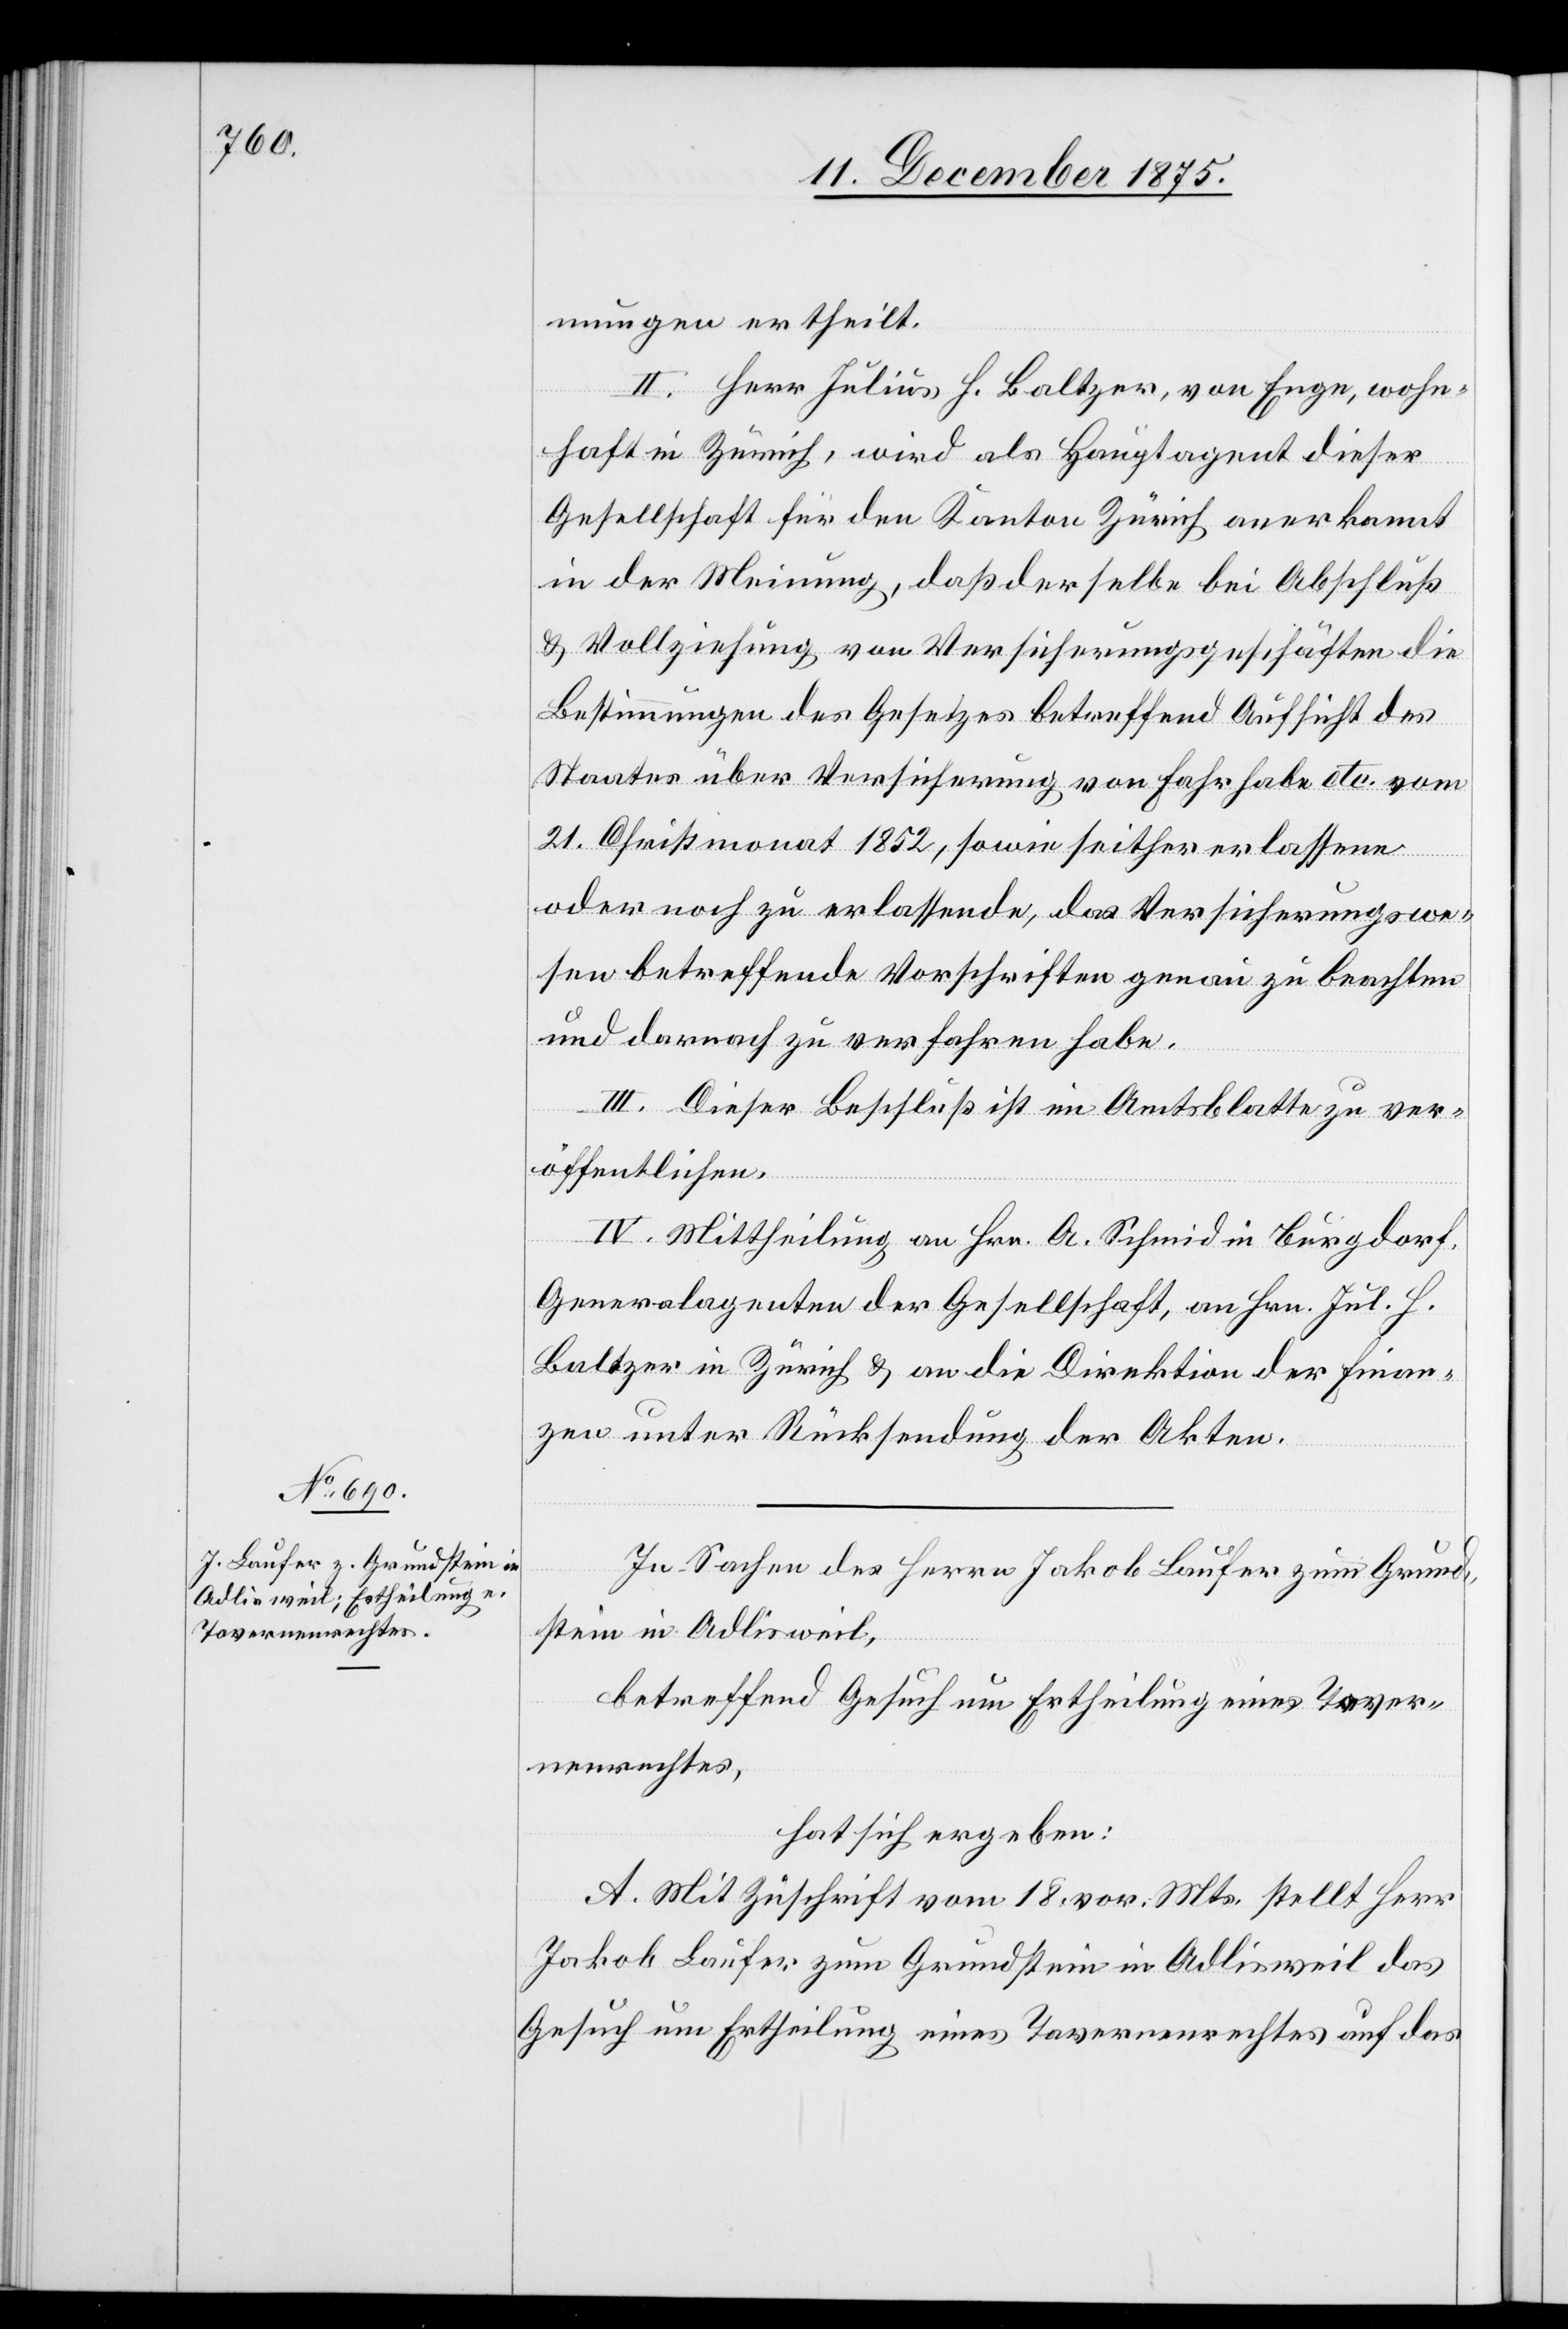
mungen ertheilt.
II. Herr Julius H. Baltzer, von Enge, wohn¬
haft in Zürich, wird als Hauptagent dieser
Gesellschaft für den Kanton Zürich anerkannt
in der Meinung, daß derselbe bei Abschluß
& Vollziehung von Versicherungsgeschäften die
Bestimmungen des Gesetzes betreffend Aufsicht des
Staates über Versicherung von Fahrhabe etc. vom
21. Christmonat 1852, sowie seither erlassene
der noch zu erlassende, das Versicherungswe¬
sen betreffende Vorschriften genau zu beachten
und darnach zu verfahren habe.
III. Dieser Beschluß ist im Amtsblatte zu ver¬
öffentlichen.
IV. Mittheilung an Hrn. A. Schmid in Burgdorf,
Generalagenten der Gesellschaft, an Hrn. Jul. H.
Baltzer in Zürich & an die Direktion der Finan¬
zen unter Rücksendung der Akten.
In Sachen des Herrn Jakob Laufer zum Grund¬
stein in Adlisweil,
betreffend Gesuch um Ertheilung eines Taver¬
nenrechtes,
hat sich ergeben:
A. Mit Zuschrift vom 18. vor. Mts. stellt Herr
Jakob Laufer zum Grundstein in Adlisweil das
Gesuch um Ertheilung des Tavernenrechtes auf das